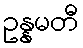
ဥန္နမတီ